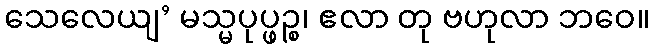
သေလေယျ’ မသ္မပုပ္ဖဉ္စ၊ ဧလာ တု ဗဟုလာ ဘဝေ။